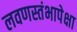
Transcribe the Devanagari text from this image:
लवणस्तंभापेक्षा